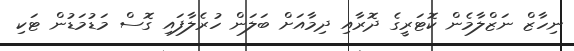
ނިހާޒް ނަޒްލާމެން ކޮޓަރީގެ ދޮރާއި ދިމާއަށް ބަލަން ހުރެލާފައި ގޮސް މަޑުމަޑުން ޓަކި